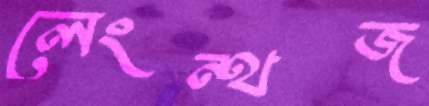
লেংন্থজ